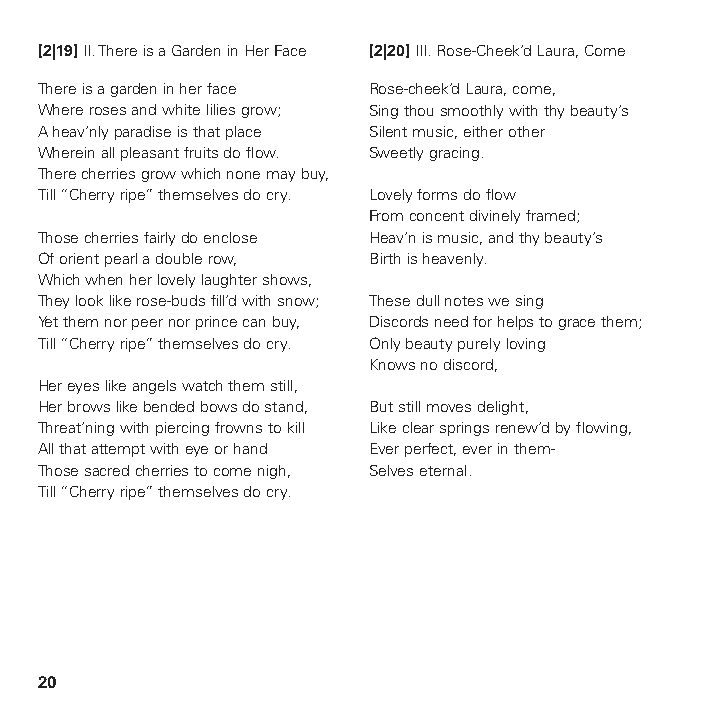
[2|19] II. There is a Garden in Her Face [2|20] III. Rose-Cheek’d Laura, Come
 There is a garden in her face Rose-cheek’d Laura, come,
 Where roses and white lilies grow; Sing thou smoothly with thy beauty’s
 A heav’nly paradise is that place Silent music, either other
 Wherein all pleasant fruits do flow. Sweetly gracing.
 There cherries grow which none may buy,
 Till “Cherry ripe” themselves do cry. Lovely forms do flow
 From concent divinely framed;
 Those cherries fairly do enclose Heav’n is music, and thy beauty’s
 Of orient pearl a double row, Birth is heavenly.
 Which when her lovely laughter shows,
 They look like rose-buds fill’d with snow; These dull notes we sing
 Yet them nor peer nor prince can buy, Discords need for helps to grace them;
 Till “Cherry ripe” themselves do cry. Only beauty purely loving
 Knows no discord,
 Her eyes like angels watch them still,
 Her brows like bended bows do stand, But still moves delight,
 Threat’ning with piercing frowns to kill Like clear springs renew’d by flowing,
 All that attempt with eye or hand Ever perfect, ever in them-
 Those sacred cherries to come nigh, Selves eternal.
 Till “Cherry ripe” themselves do cry.
 20